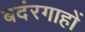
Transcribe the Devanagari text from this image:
बदंरगाहों